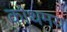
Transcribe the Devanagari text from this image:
कोथमय